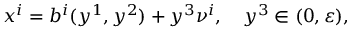
x ^ { i } = b ^ { i } ( y ^ { 1 } , y ^ { 2 } ) + y ^ { 3 } \nu ^ { i } , \quad y ^ { 3 } \in ( 0 , \varepsilon ) ,